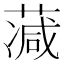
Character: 𦸮